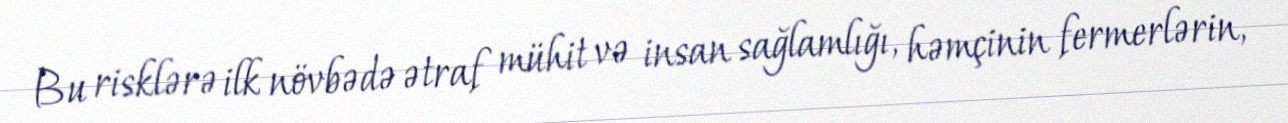
Bu risklərə ilk növbədə ətraf mühit və insan sağlamlığı, həmçinin fermerlərin,